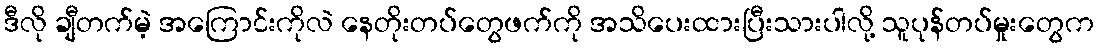
ဒီလို ချီတက်မဲ့ အကြောင်းကိုလဲ နေတိုးတပ်တွေဖက်ကို အသိပေးထားပြီးသားပါလို့ သူပုန်တပ်မှုးတွေက